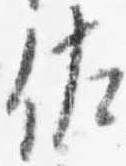
佐